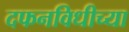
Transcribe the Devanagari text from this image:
दफनविधीच्या